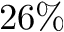
2 6 \%